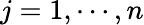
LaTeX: j=1,\cdots,n